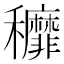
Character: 𮃷